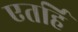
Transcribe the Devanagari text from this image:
एतर्हि